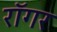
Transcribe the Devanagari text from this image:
रॉगर